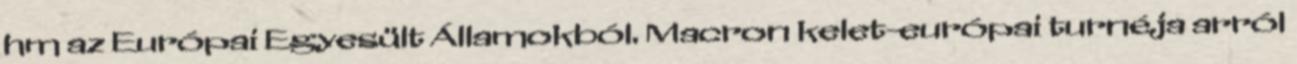
hm az Európai Egyesült Államokból. Macron kelet-európai turnéja arról